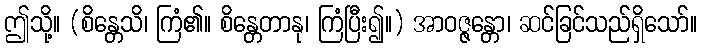
ဤသို့။ (စိန္တေသိ၊ ကြံ၏။ စိန္တေတာနု၊ ကြံပြီး၍။) အာဝဇ္ဇန္တော၊ ဆင်ခြင်သည်ရှိသော်။